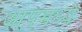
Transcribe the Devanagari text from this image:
आपमध्ये